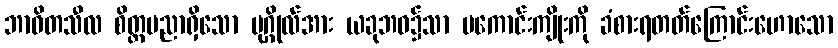
ဘာဝိတသီလ စိတ္တပညာရှိသော ပုဂ္ဂိုလ်အား ယခုဘဝ၌သာ မကောင်းကျိုးကို ခံစားရတတ်ကြောင်းဟောသော